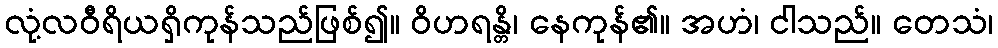
လုံ့လဝီရိယရှိကုန်သည်ဖြစ်၍။ ဝိဟရန္တိ၊ နေကုန်၏။ အဟံ၊ ငါသည်။ တေသံ၊